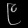
Digit: ၉